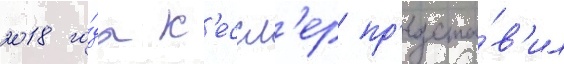
2018 го́да к'ессл'ер пр'едста́в'ил